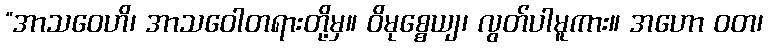
“အာသဝေဟိ၊ အာသဝေါတရားတို့မှ။ ဝိမုစ္စေယျ၊ လွတ်ပါမူကား။ အဟော ဝတ၊